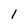
Character: l